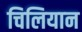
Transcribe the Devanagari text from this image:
चिलियान